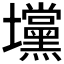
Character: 𰋆